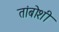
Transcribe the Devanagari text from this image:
तांबोशी